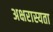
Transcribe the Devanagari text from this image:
अक्षरास्यता